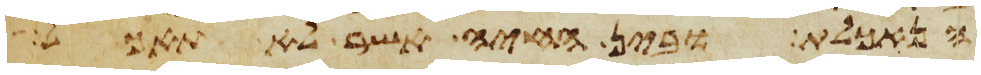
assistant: הנאכלת ובין החיה אשר לא תאכל